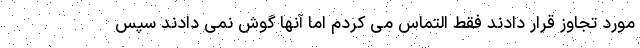
مورد تجاوز قرار دادند فقط التماس می کردم اما آنها گوش نمی دادند سپس